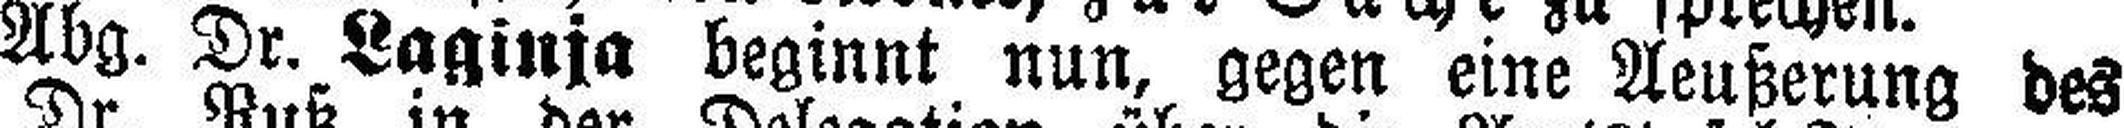
Abg. Dr. Laginja beginnt nun, gegen eine Aeußerung des